Leaving Certificate Examination (including Day School Certificate (Higher) General paper), 1932
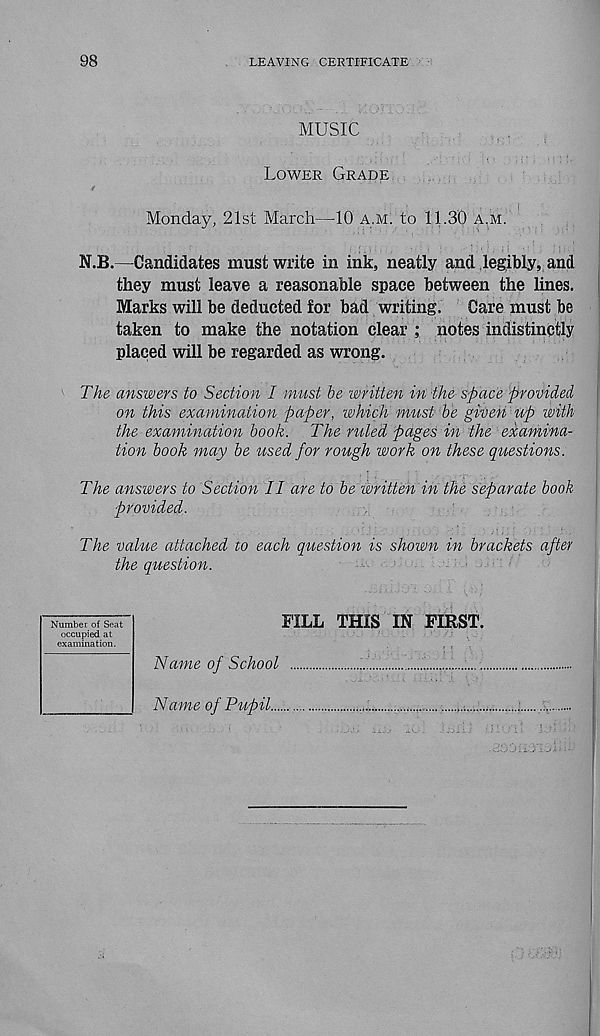
98
LEAVING CERTIFICATE
MUSIC
Lower Grade
Monday, 21st March—10 a.m. to 11.30 a.m.
N.B.—Candidates must write in ink, neatly and legibly, and
they must leave a reasonable space between the lines.
Marks will be deducted for bad writing.
Care must be
taken to make the notation clear ; notes indistinctly
placed will be regarded as wrong.
The answers to Section I must be written in the space provided
on this examination paper, which must be given up with
the examination book. The ruled pages in the examina-
tion book may be used for rough work on these questions.
The answers to Section II are to be imitten in the separate book
provided.
The value attached to each question is shown in brackets after
the question.
Number of Seat
occupied at
examination.
FILL THIS IN FIRST.
Name of School
Name of Pupil